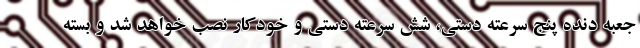
جعبه دنده پنج سرعته دستی، شش سرعته دستی و خودکار نصب خواهد شد و بسته